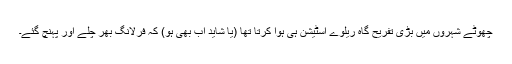
چھوٹے شہروں میں بڑی تفریح گاہ ریلوے اسٹیشن ہی ہوا کرتا تھا (یا شاید اب بھی ہو) کہ فرلانگ بھر چلے اور پہنچ گئے۔